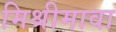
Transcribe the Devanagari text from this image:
मिश्रीमावा